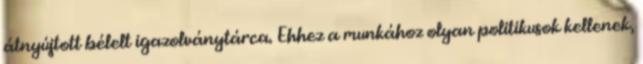
átnyújtott bélelt igazolványtárca. Ehhez a munkához olyan politikusok kellenek,